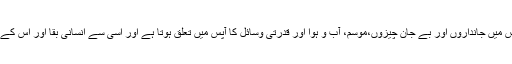
یہ ماحول کی ایک قسم ہے جس میں جانداروں اور بے جان چیزوں،موسم، آب و ہوا اور قدرتی وسائل کا آپس میں تعلق ہوتا ہے اور اسی سے انسانی بقا اور اس کے معیشت کا دارومدار ہوتا ہے۔